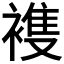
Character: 𮖤